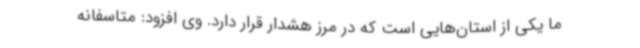
ما یکی از استان‌هایی است که در مرز هشدار قرار دارد. وی افزود: متاسفانه